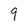
Character: 9